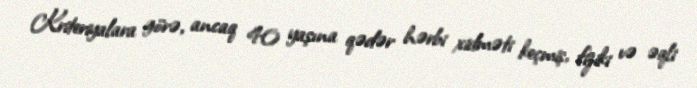
Kriteriyalara görə, ancaq 40 yaşına qədər hərbi xidməti keçmiş, fiziki və əqli